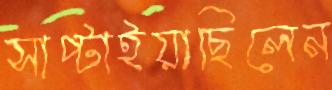
সাপ্‌টাইয়াছিলেন